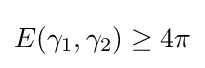
E(\gamma _{1},\gamma _{2})\geq 4\pi